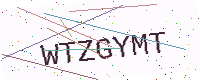
Text: WTZGYMT